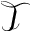
\mathcal { T }